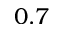
0 . 7